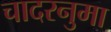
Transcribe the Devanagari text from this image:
चादरनुमा